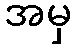
အမှ